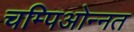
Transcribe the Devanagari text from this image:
चम्पिओन्नत